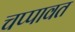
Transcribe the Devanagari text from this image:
चप्पावत